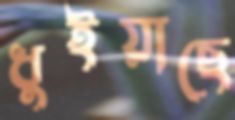
ধুইয়াছে